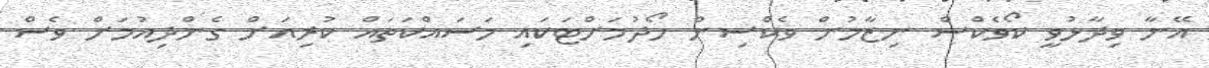
އޭނާ ވިދާޅުވީ ކޯވެކްސް ނިޒާމުން ވެކްސިން ހޯދުމަށްޓަކައި މަސައްކަތައް ކުރިއަށް ގެންދިއުމަށް ވެސް